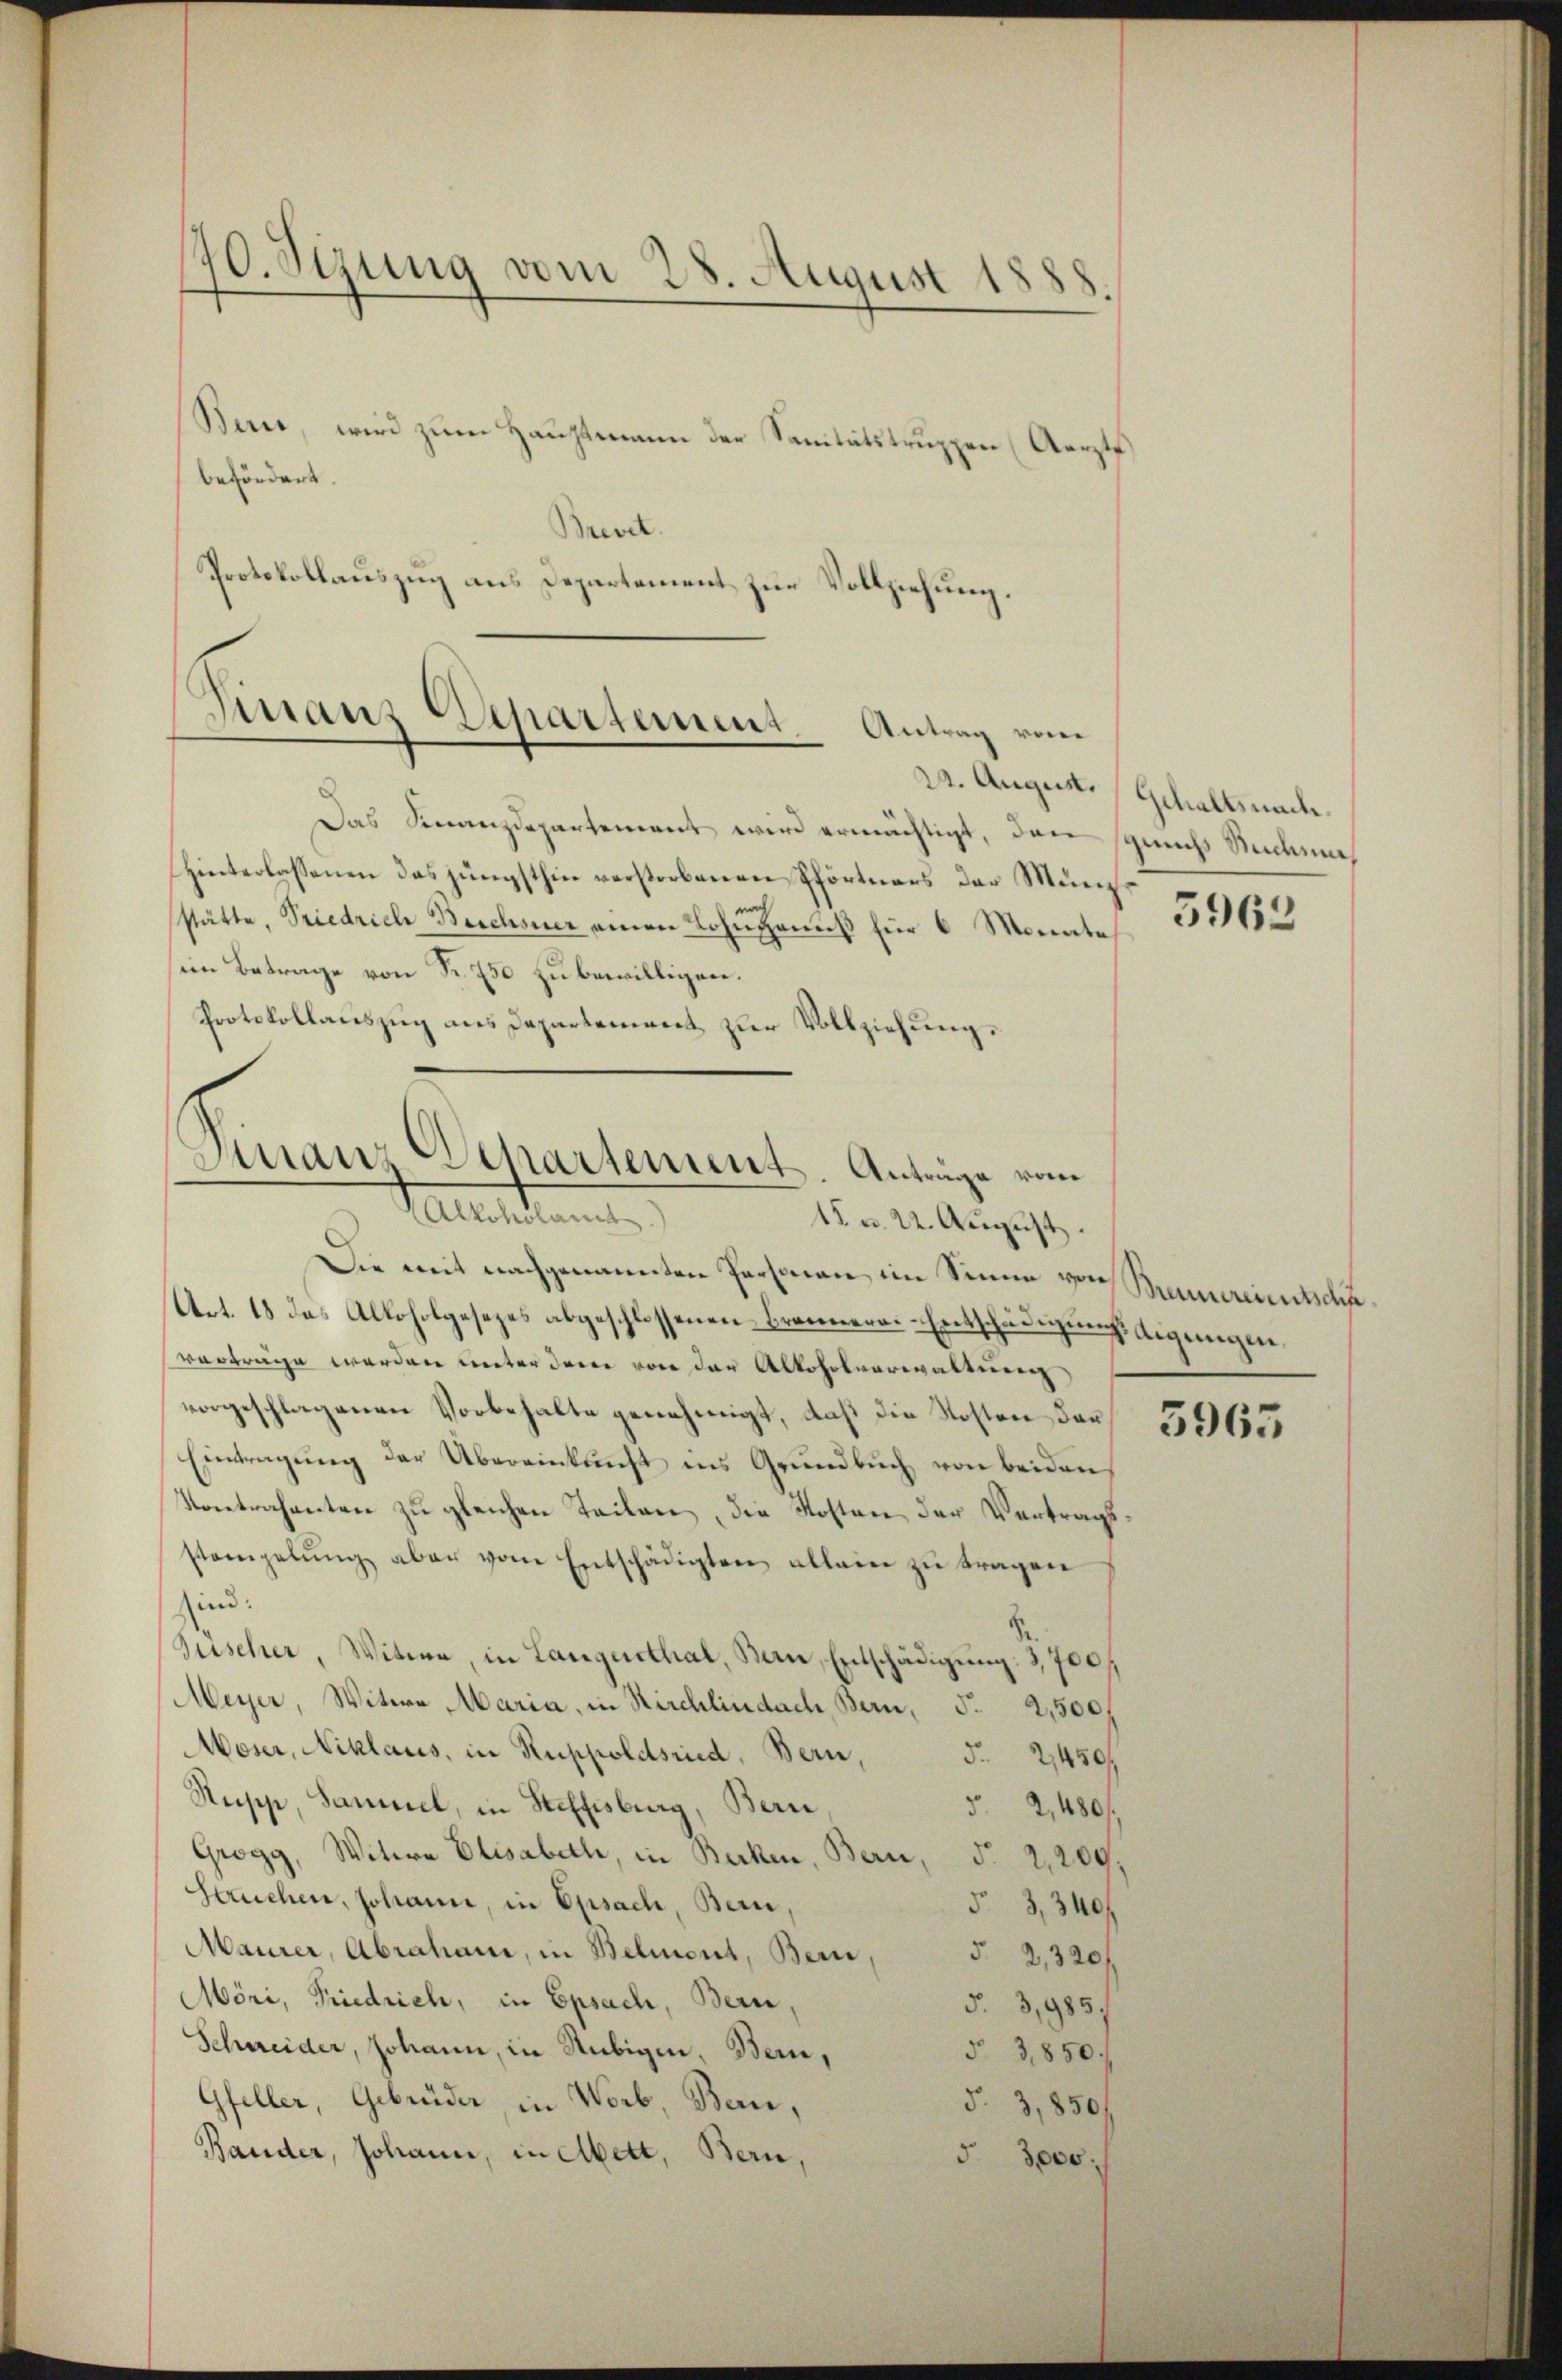
170. Sizung vom 28. August 1888.

Bern, wird zum Hauptmann der Sanitätstruppen (Aerzte
be¬
und
ert
Brevet.
Protokollauszug aus Departement zur Vollziehung.

Finanz Departement. Antrag vom

Das Finanzdepartement wird ermächtigt, den sprichs Suchun
Hinterlassenen das jüngsthin verstorbenen Pförtners der Münz
stätte, Friedrich Beschsner einen Lohn genuß für 6 Monate
sein Betrage von Fr. 750 zu bewilligen.
Protokollauszug aus Departement zur Vollziehung.
15 u. 22. August.
Die mit nachgenannten Personen im Sinne von Brennereinscha
Art. 18 das Alkoholgesezes abgeschlossenen Brannerer-Entschädigŭngs Eigenügen
vorträge werden unter dem von der Alkoholverwaltung
vorgeschlagenen Vorbehalte genehmigt, daß die Kosten dar¬
Eintragŭng der Übereinkunft ins Grŭndbŭch von beiden
Kontrahenten zu gleichen Teilen, die Kosten der Vertragsstempelŭng aber vom Entschädigten allein zŭ tragen
sind.
Puischer, Witwe, in Langenthal, Bern, Entschädigŭng: 3,700.
Meyer, Witwe Maria, in Kirchlindach, Bern, S. 2,500,
Moser, Niklaus, in Ruppoldsind, Bern,
§. 2450
Stupp, Sammel, in Steffisburg, Bern,
52,480.
Grogg, Witwe Elisabeth, in Becken, Bern, d. 2,209.
Seuchen, Johann, in Opsach, Bern,
53,340f
Maurer, Abrahane, in Beliert, Bern
52,320 f
Möri, Friedrich, in Epsach, Bern,
§.3,985/
Schweider, Johann, in Subigen, Wein,
5 3,850.
Gfeller, Gebrüder, in Worb, Bern,
§ 3,850/
Bauder, Johann, in Albert, Bern,
§. 3000.

Finanz Departement. Anträge vom
Alkoholame

22. August. Gehaltsnach.

5963

5965